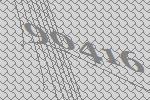
90416